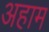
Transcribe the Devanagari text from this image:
अहाम